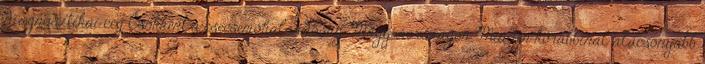
diagnosztikai cég Csökkent a csecsemőhalandóság Magyarországon Minden korábbinál alacsonyabb